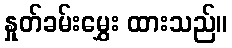
နှုတ်ခမ်းမွှေး ထားသည်။